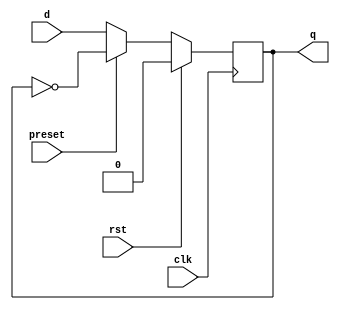
module async_preset_dff (
    input wire clk,
    input wire rst,
    input wire preset,
    input wire d,
    output reg q
);

always @(posedge clk) begin
    if (rst) begin
        q <= 1'b0; // reset to original state
    end else if (preset) begin
        q <= ~q; // set output to opposite value
    end else begin
        q <= d; // sample D input on rising edge of clock
    end
end

endmodule